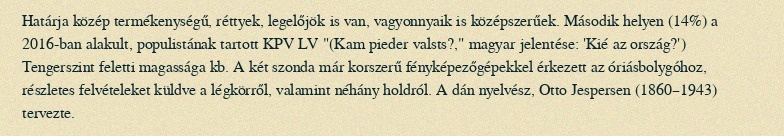
Határja közép termékenységű, réttyek, legelőjök is van, vagyonnyaik is középszerűek. Második helyen (14%) a 2016-ban alakult, populistának tartott KPV LV "(Kam pieder valsts?," magyar jelentése: 'Kié az ország?') Tengerszint feletti magassága kb. A két szonda már korszerű fényképezőgépekkel érkezett az óriásbolygóhoz, részletes felvételeket küldve a légkörről, valamint néhány holdról. A dán nyelvész, Otto Jespersen (1860–1943) tervezte.